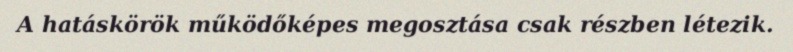
A hatáskörök működőképes megosztása csak részben létezik.